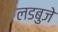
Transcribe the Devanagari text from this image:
लडबुजे